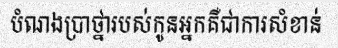
បំណងប្រាថ្នារបស់កូនអ្នកគឺជាការសំខាន់